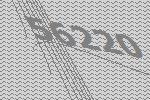
56220